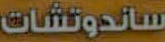
ساندوتشات